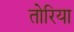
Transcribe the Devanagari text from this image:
तोरिया